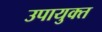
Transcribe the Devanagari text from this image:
उपायुक्‍त